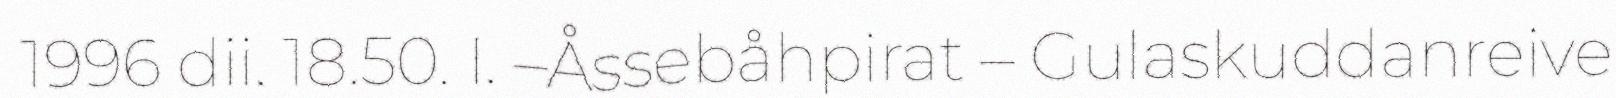
1996 dii. 18.50. I. –Åssebåhpirat – Gulaskuddanreive